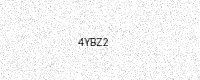
Text: 4YBZ2